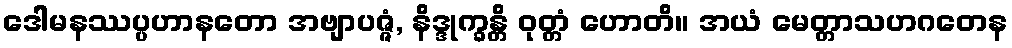
ဒေါမနဿပ္ပဟာနတော အဗျာပဇ္ဇံ, နိဒ္ဒုက္ခန္တိ ဝုတ္တံ ဟောတိ။ အယံ မေတ္တာသဟဂတေန